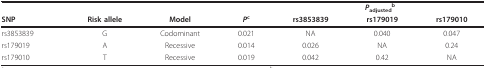
<table><thead><tr><td></td><td></td><td></td><td></td><td colspan="3"><b><i>P</i><sub>adjusted</sub><sup>b</sup></b></td></tr><tr><td><b>SNP</b></td><td><b>Risk allele</b></td><td><b>Model</b></td><td><b><i>P</i><sup>c</sup></b></td><td><b>rs3853839</b></td><td><b>rs179019</b></td><td><b>rs179010</b></td></tr></thead><tbody><tr><td>rs3853839</td><td>G</td><td>Codominant</td><td>0.021</td><td>NA</td><td>0.040</td><td>0.047</td></tr><tr><td>rs179019</td><td>A</td><td>Recessive</td><td>0.014</td><td>0.026</td><td>NA</td><td>0.24</td></tr><tr><td>rs179010</td><td>T</td><td>Recessive</td><td>0.019</td><td>0.042</td><td>0.42</td><td>NA</td></tr></tbody></table>